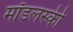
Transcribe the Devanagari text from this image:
मॉडलस्की